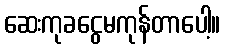
ဆေးကုခငွေမကုန်တာပေါ့။